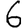
Digit: 6